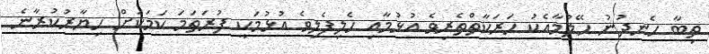
ތިބާ ހެނދުނު ހޭލުމާއެކު ހަރަކާތްތެރިވެ އުޅުމާއި ހެލިފެލިވެ އުޅުމަކީ ފުރަތަމަ ކަމަކަށް ހިޔާރުކުރާނެ